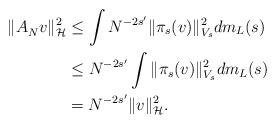
LaTeX: \begin{align*} \|A^{}_{N}v\|_{\mathcal{H}}^{2} &\leq \int N^{-2s'}\|\pi_{s}(v)\|_{V_s}^{2}dm_{L}(s) \\ &\leq N^{-2s'}\int\|\pi_{s}(v)\|_{V_s}^{2}dm_{L}(s) \\ &= N^{-2s'}\|v\|_{\mathcal{H}}^{2}.\end{align*}